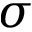
\sigma